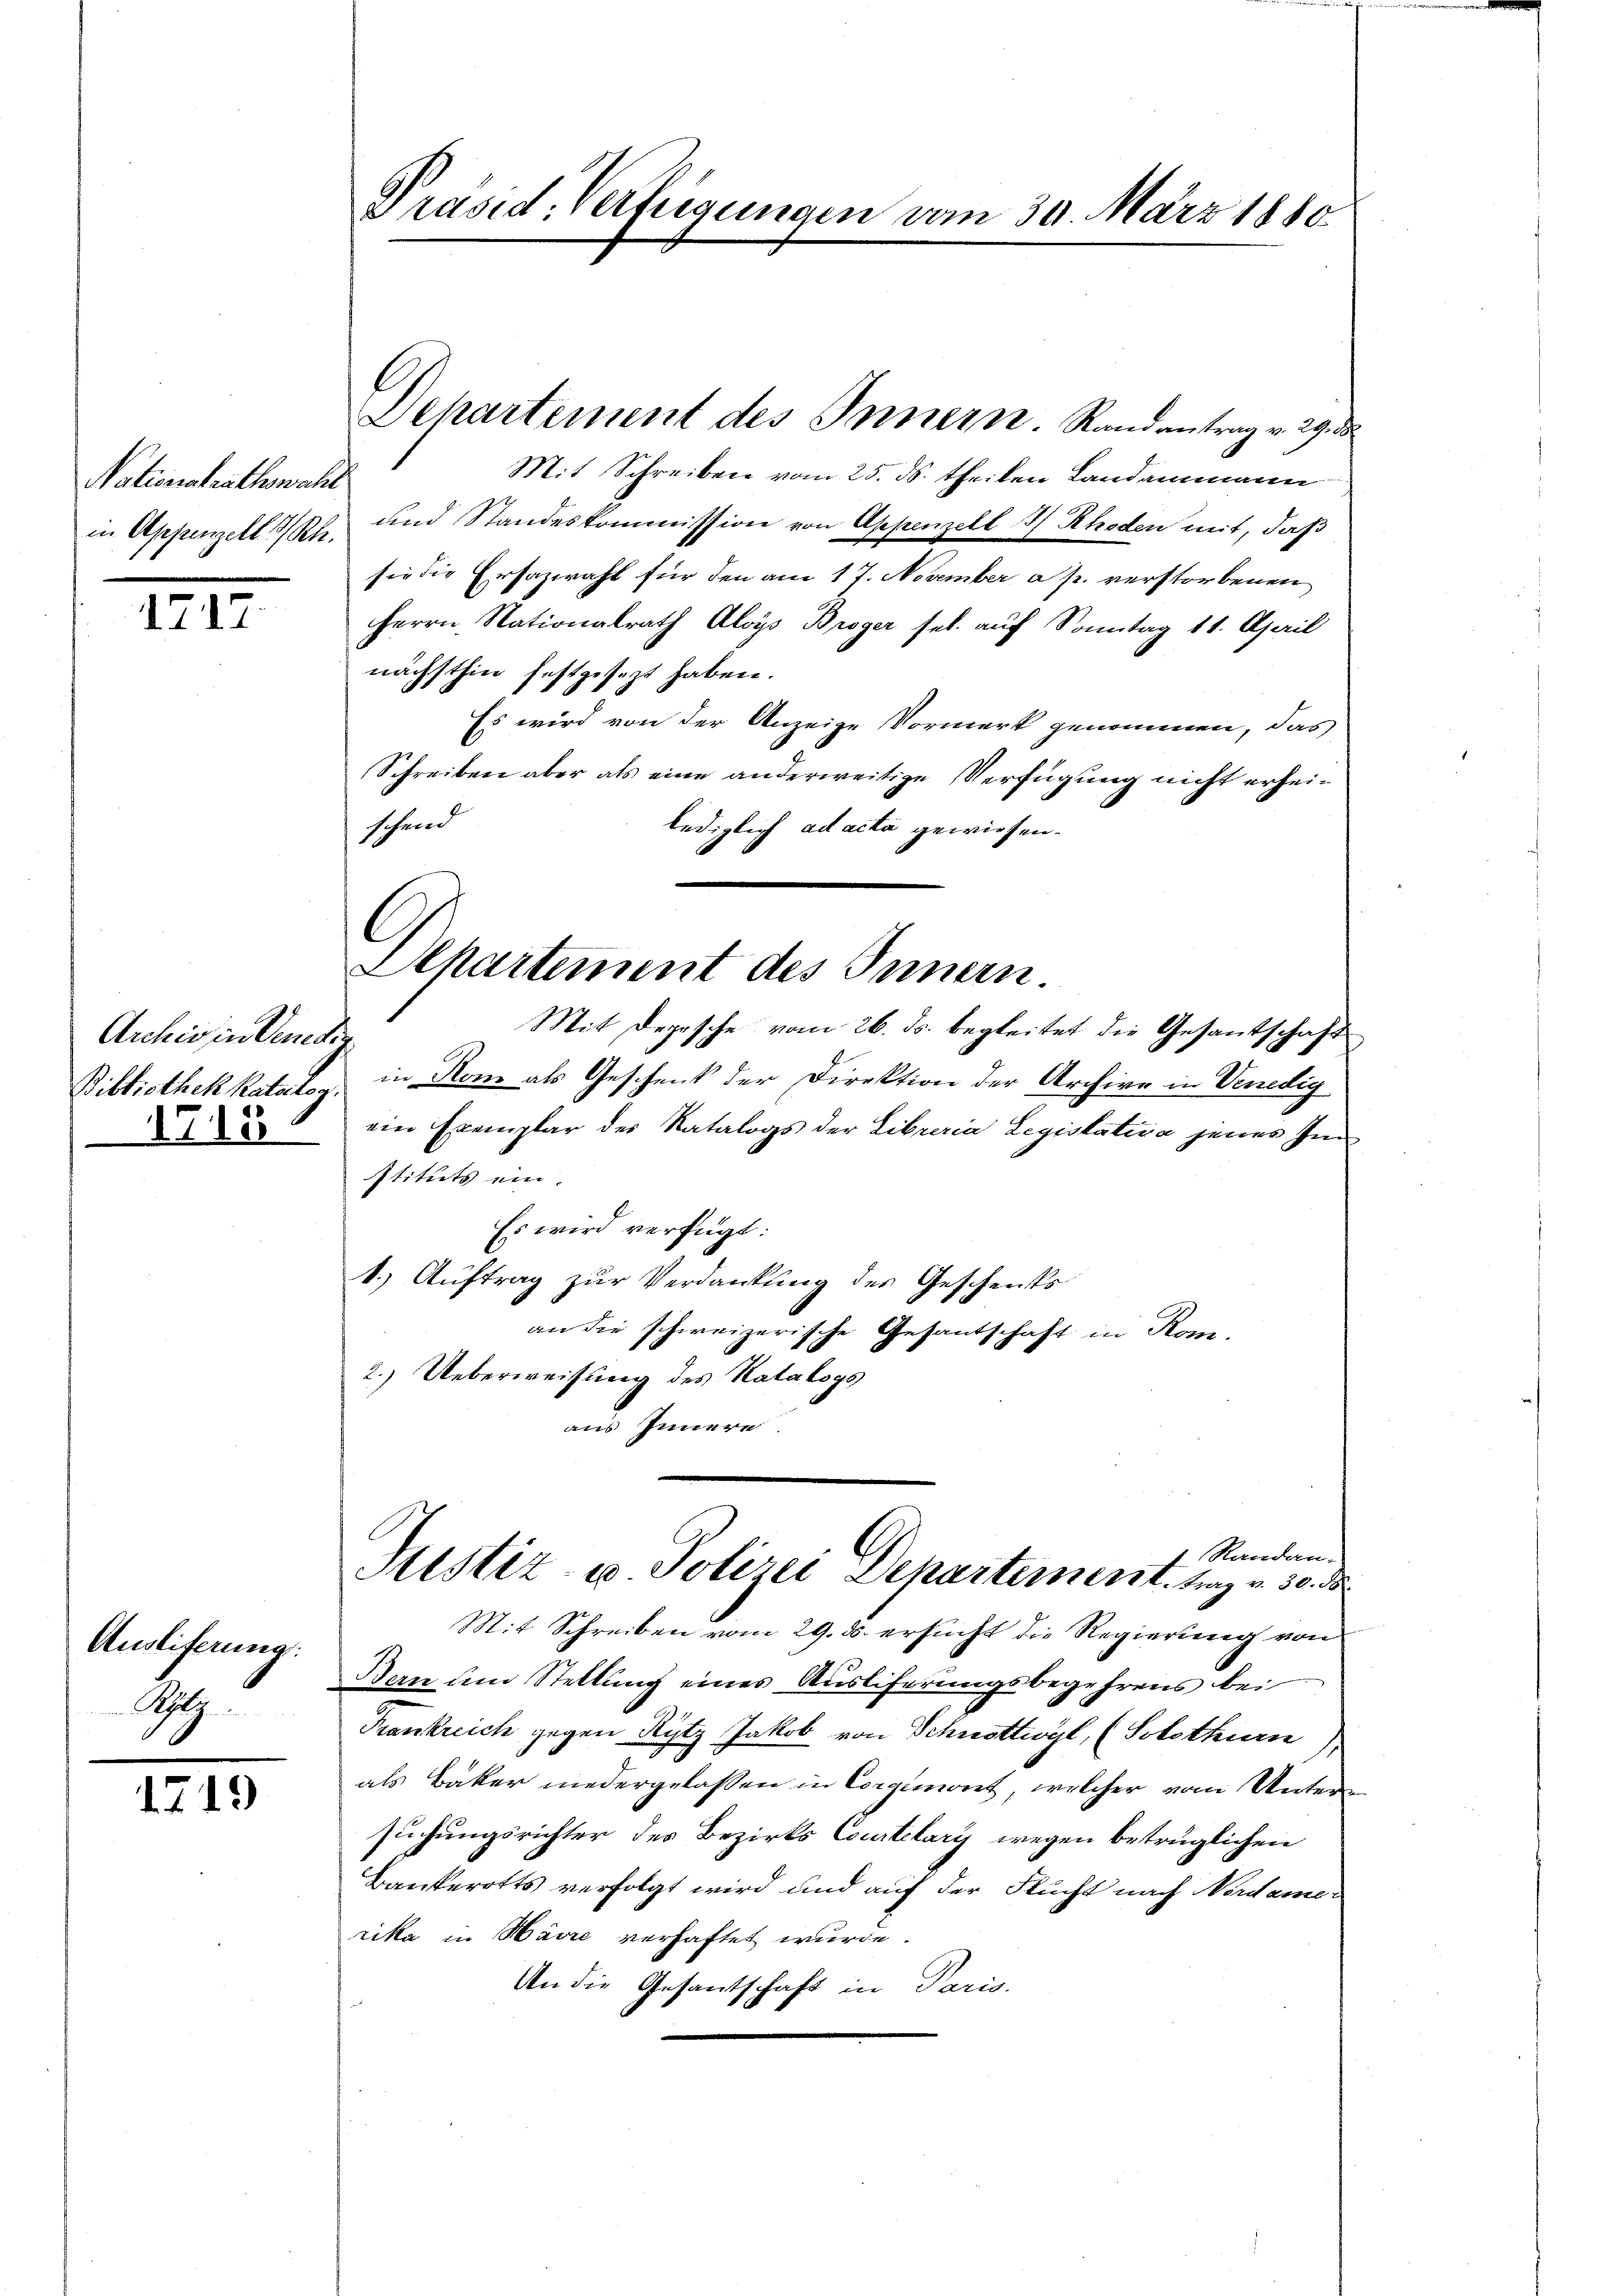
Nativerstrathswahl
in Appenzell I/Rh.

1717.

Archiv in Venedig
Bibliothek katalog.
1715

Ausliferung
Gtz

1719

Mit Schreiben vom 25. ds. theilen Landammann
und Standeskommission von Appenzell 3 Rhoden mit, daß
sie die Ersazwahl für den am 17. November a p. verstorbenen
Herrn Nationalrath Aloys Broger sel. auf Sonntag 11. April
nächsthin festgesezt haben.
Es wird von der Anzeige Vormerk genommen, das
Schreiben aber als eine anderweitige Verfügung nicht erheischend
lediglich ad acta gewiesen.
Departement des Innern
Mit Depesche vom 26. ds. begleitet die Gesantschaft
in Rom als Geschenk der Direktion der Archive in Venedig
ein Exemplar des Ratalogs der Libueria Legislativa jenes Im
stituts ein.
Es wird verfügt:
1.) Auftrag zur Verdankung des Geschensts
an die schweizerische Gesantschaft in Kom-
2.) Ueberweisung des Ratalogs
aus Innern.

Präsid. Verfügungen vom 30. März 1880

Dehartement des Innern. Randantrag v. 29. de

Mit Schreiben vom 29. 8. ersucht die Regierung von
Bern um Stellung eines Auslieferungsbegehrens bei
Frankreich gegen Rytz Jakob von Schnottwyl, (Solothurn
als Bäker niedergelassen in Corgimont, welcher vom Untersuchungsrichter des Bezirks Courtelary wegen betrüglichen
Bankerotts verfolgt wird und auf der Flucht nach Nordamer
rika in Maire verhaftet wurde.
An die Gesantschaft in Paris.

1 Randan
Justiz- u Polizei Departement, tanz u. 30. d.